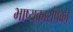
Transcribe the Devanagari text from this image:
भाष्यकारांपैकी